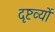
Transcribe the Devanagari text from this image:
दृष्टव्यों